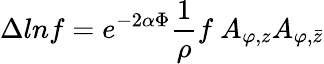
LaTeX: \Delta lnf=e^{-2\alpha\Phi}{\frac{1}{\rho}}f\ A_{\varphi,z}A_{\varphi,\bar{z}}